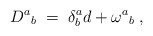
\begin{align*}D^{a}{}_{b}\; =\; \delta ^{a}_{b}d+\omega ^{a}{}_{b}\; ,\end{align*}